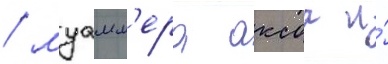
/ муамм'ера аксоа и́